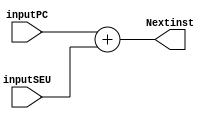
`timescale 1ns / 1ps
//////////////////////////////////////////////////////////////////////////////////
// Company: 
// Engineer: 
// 
// Design Name: 
// Module Name:    SumadorBranch 
// Project Name: 
// Target Devices: 
// Tool versions: 
// Description: 
//
// Dependencies: 
//
// Revision: 
// Revision 0.01 - File Created
// Additional Comments: 
//
//////////////////////////////////////////////////////////////////////////////////
module SumadorBranch(
    input [63:0] inputPC,
	 input [63:0] inputSEU,
    output [63:0] Nextinst
    );
assign Nextinst = inputPC + inputSEU;	 

endmodule